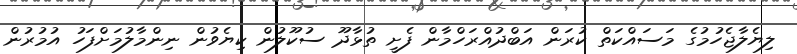
ލިޔެލާޖެހުމުގެ މަސައްކަތް ކުރަން އަބްދުއްރަހްމާން ފެށީ ތުޅާދޫ ސުކޫލުން ކިޔެވުން ނިންމާލުމަށްފަހު އުމުރުން